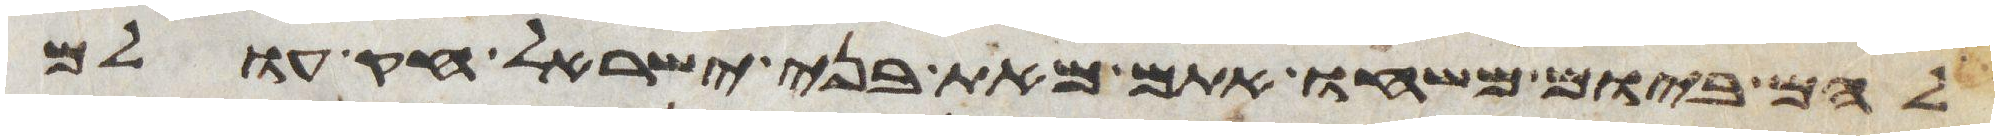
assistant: להם ביום משחו אתם מאת בני ישראל חק עולם